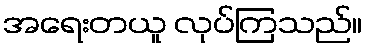
အရေးတယူ လုပ်ကြသည်။